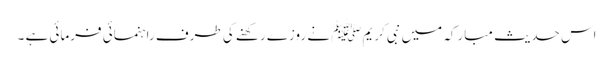
اس حدیث مبارکہ میں نبی کریمﷺ نے روزے رکھنے کی طرف راہنمائی فرمائی ہے ۔